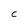
Character: C